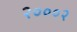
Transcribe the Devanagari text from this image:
२०००२